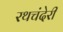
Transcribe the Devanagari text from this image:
रथचंदेरी